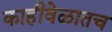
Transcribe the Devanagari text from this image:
काहीवेळातच